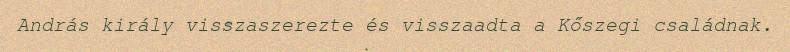
András király visszaszerezte és visszaadta a Kőszegi családnak.